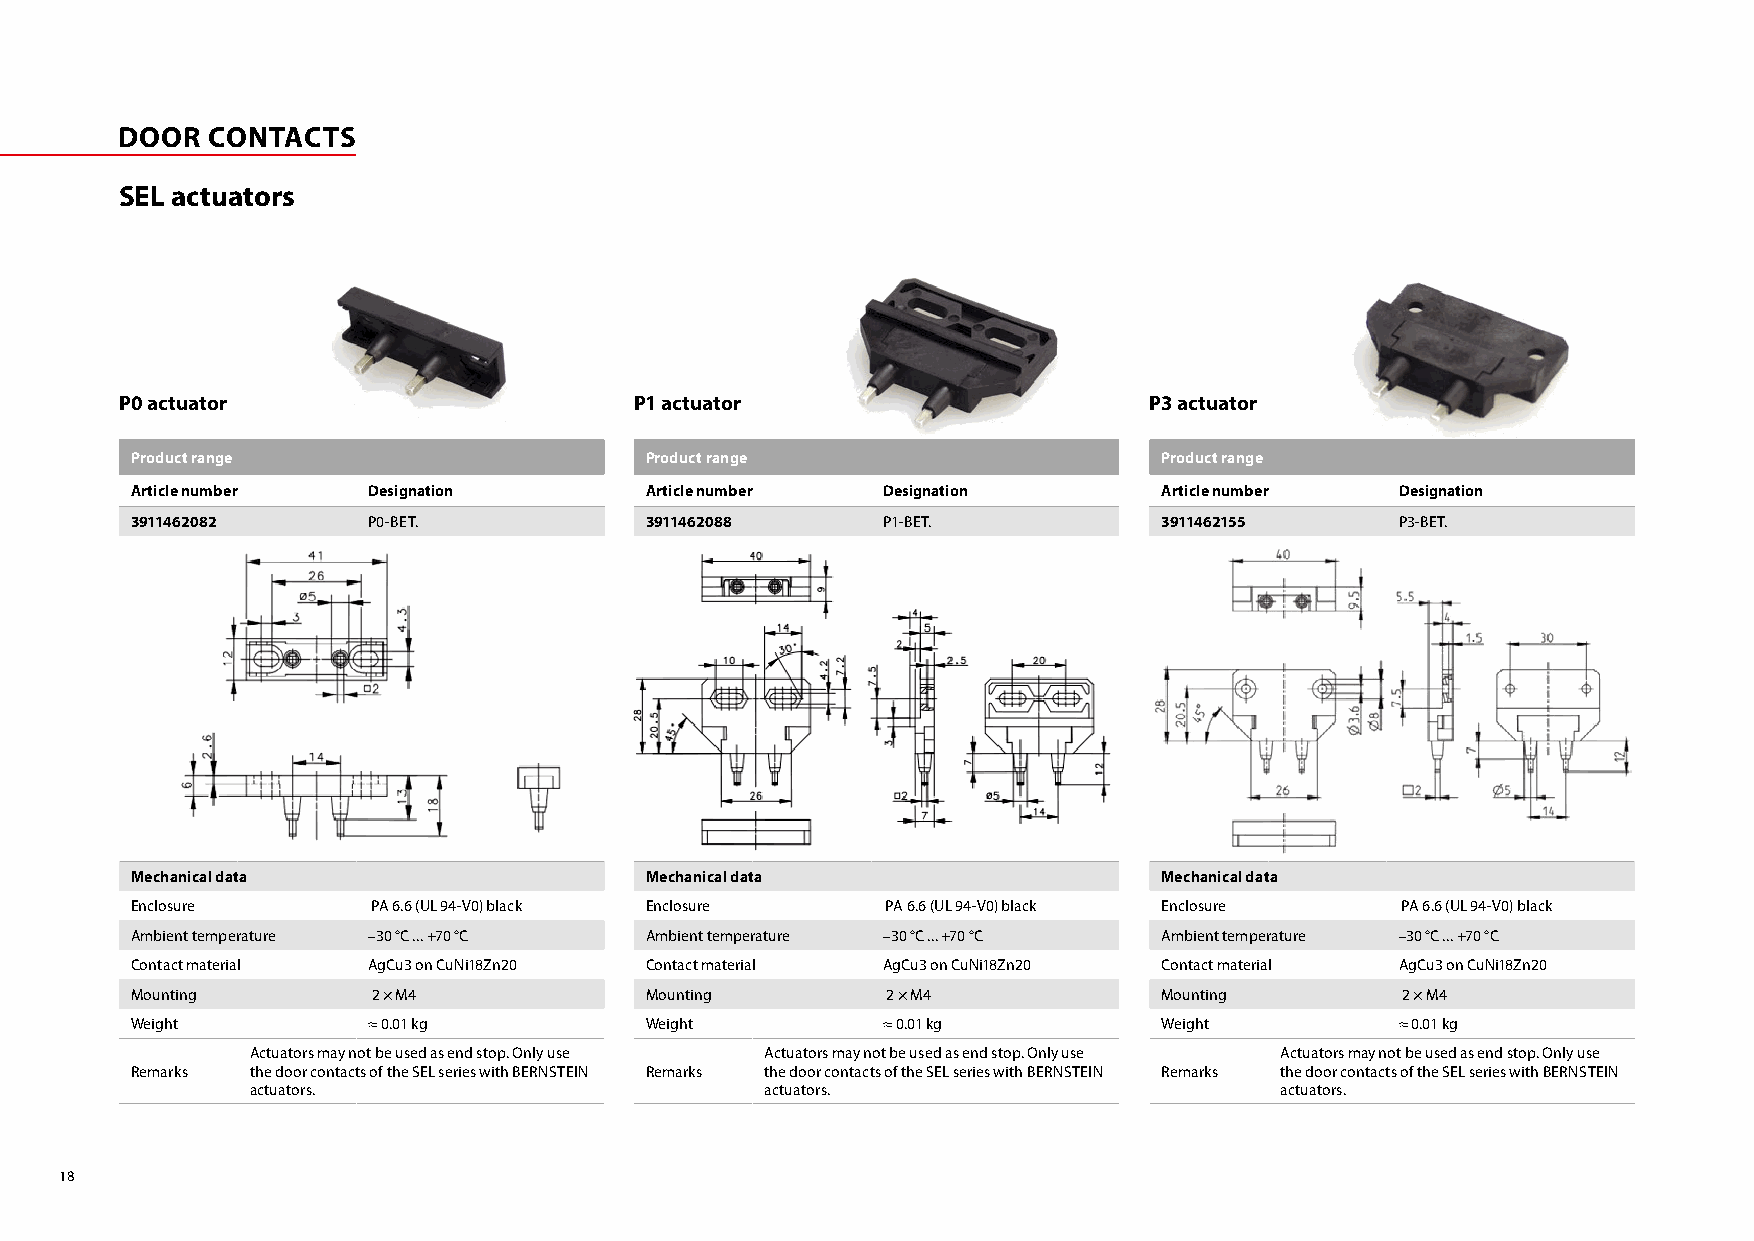
DOOR  CONTACTS
 SEL actuators
 P0 actuator                       P1 actuator                       P3 actuator
 Product range                     Product range                     Product range
 Article number Designation        Article number Designation        Article number  Designation
 3911462082     P0-BET.            3911462088     P1-BET.            3911462155      P3-BET.
 Mechanical data                   Mechanical data                   Mechanical data
 Enclosure       PA 6.6 (UL 94-V0) black Enclosure PA 6.6 (UL 94-V0) black Enclosure PA 6.6 (UL 94-V0) black
 Ambient temperature –30 °C ... +70 °C Ambient temperature –30 °C ... +70 °C Ambient temperature –30 °C ... +70 °C
 Contact material AgCu3 on CuNi18Zn20 Contact material AgCu3 on CuNi18Zn20 Contact material AgCu3 on CuNi18Zn20
 Mounting        2 × M4            Mounting        2 × M4            Mounting        2 × M4
 Weight         ≈ 0.01 kg          Weight         ≈ 0.01 kg          Weight          ≈ 0.01 kg
 Actuators may not be used as end stop. Only use Actuators may not be used as end stop. Only use Actuators may not be used as end stop. Only use
 Remarks the door contacts of the SEL series with BERNSTEIN Remarks the door contacts of the SEL series with BERNSTEIN Remarks the door contacts of the SEL series with BERNSTEIN
 actuators.                        actuators.                        actuators.
 18